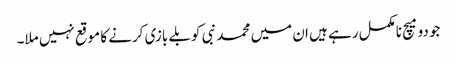
جو دو میچ نامکمل رہے ہیں ان میں محمد نبی کو بلے بازی کرنے کا موقع نہیں ملا۔